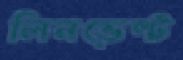
লিনভেল্ট